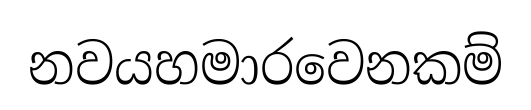
නවයහමාරවෙනකම්